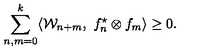
\sum _ { n , m = 0 } ^ { k } \langle { \cal W } _ { n + m } , \ f _ { n } ^ { \star } \otimes f _ { m } \rangle \geq 0 .